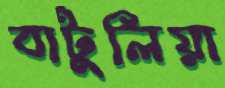
বাটুলিয়া